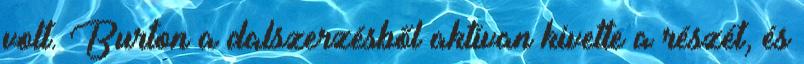
volt. Burton a dalszerzésből aktívan kivette a részét, és